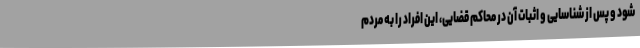
شود و پس از شناسایی و اثبات آن در محاکم قضایی، این افراد را به مردم